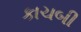
કાચબી